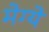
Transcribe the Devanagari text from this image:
मेग्ये